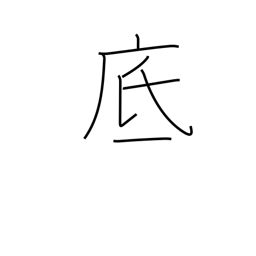
Meaning: bottom